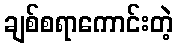
ချစ်စရာကောင်းတဲ့